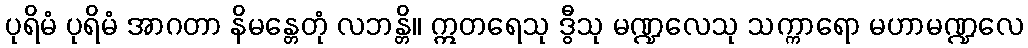
ပုရိမံ ပုရိမံ အာဂတာ နိမန္တေတုံ လဘန္တိ။ ဣတရေသု ဒွီသု မဏ္ဍလေသု သက္ကာရော မဟာမဏ္ဍလေ